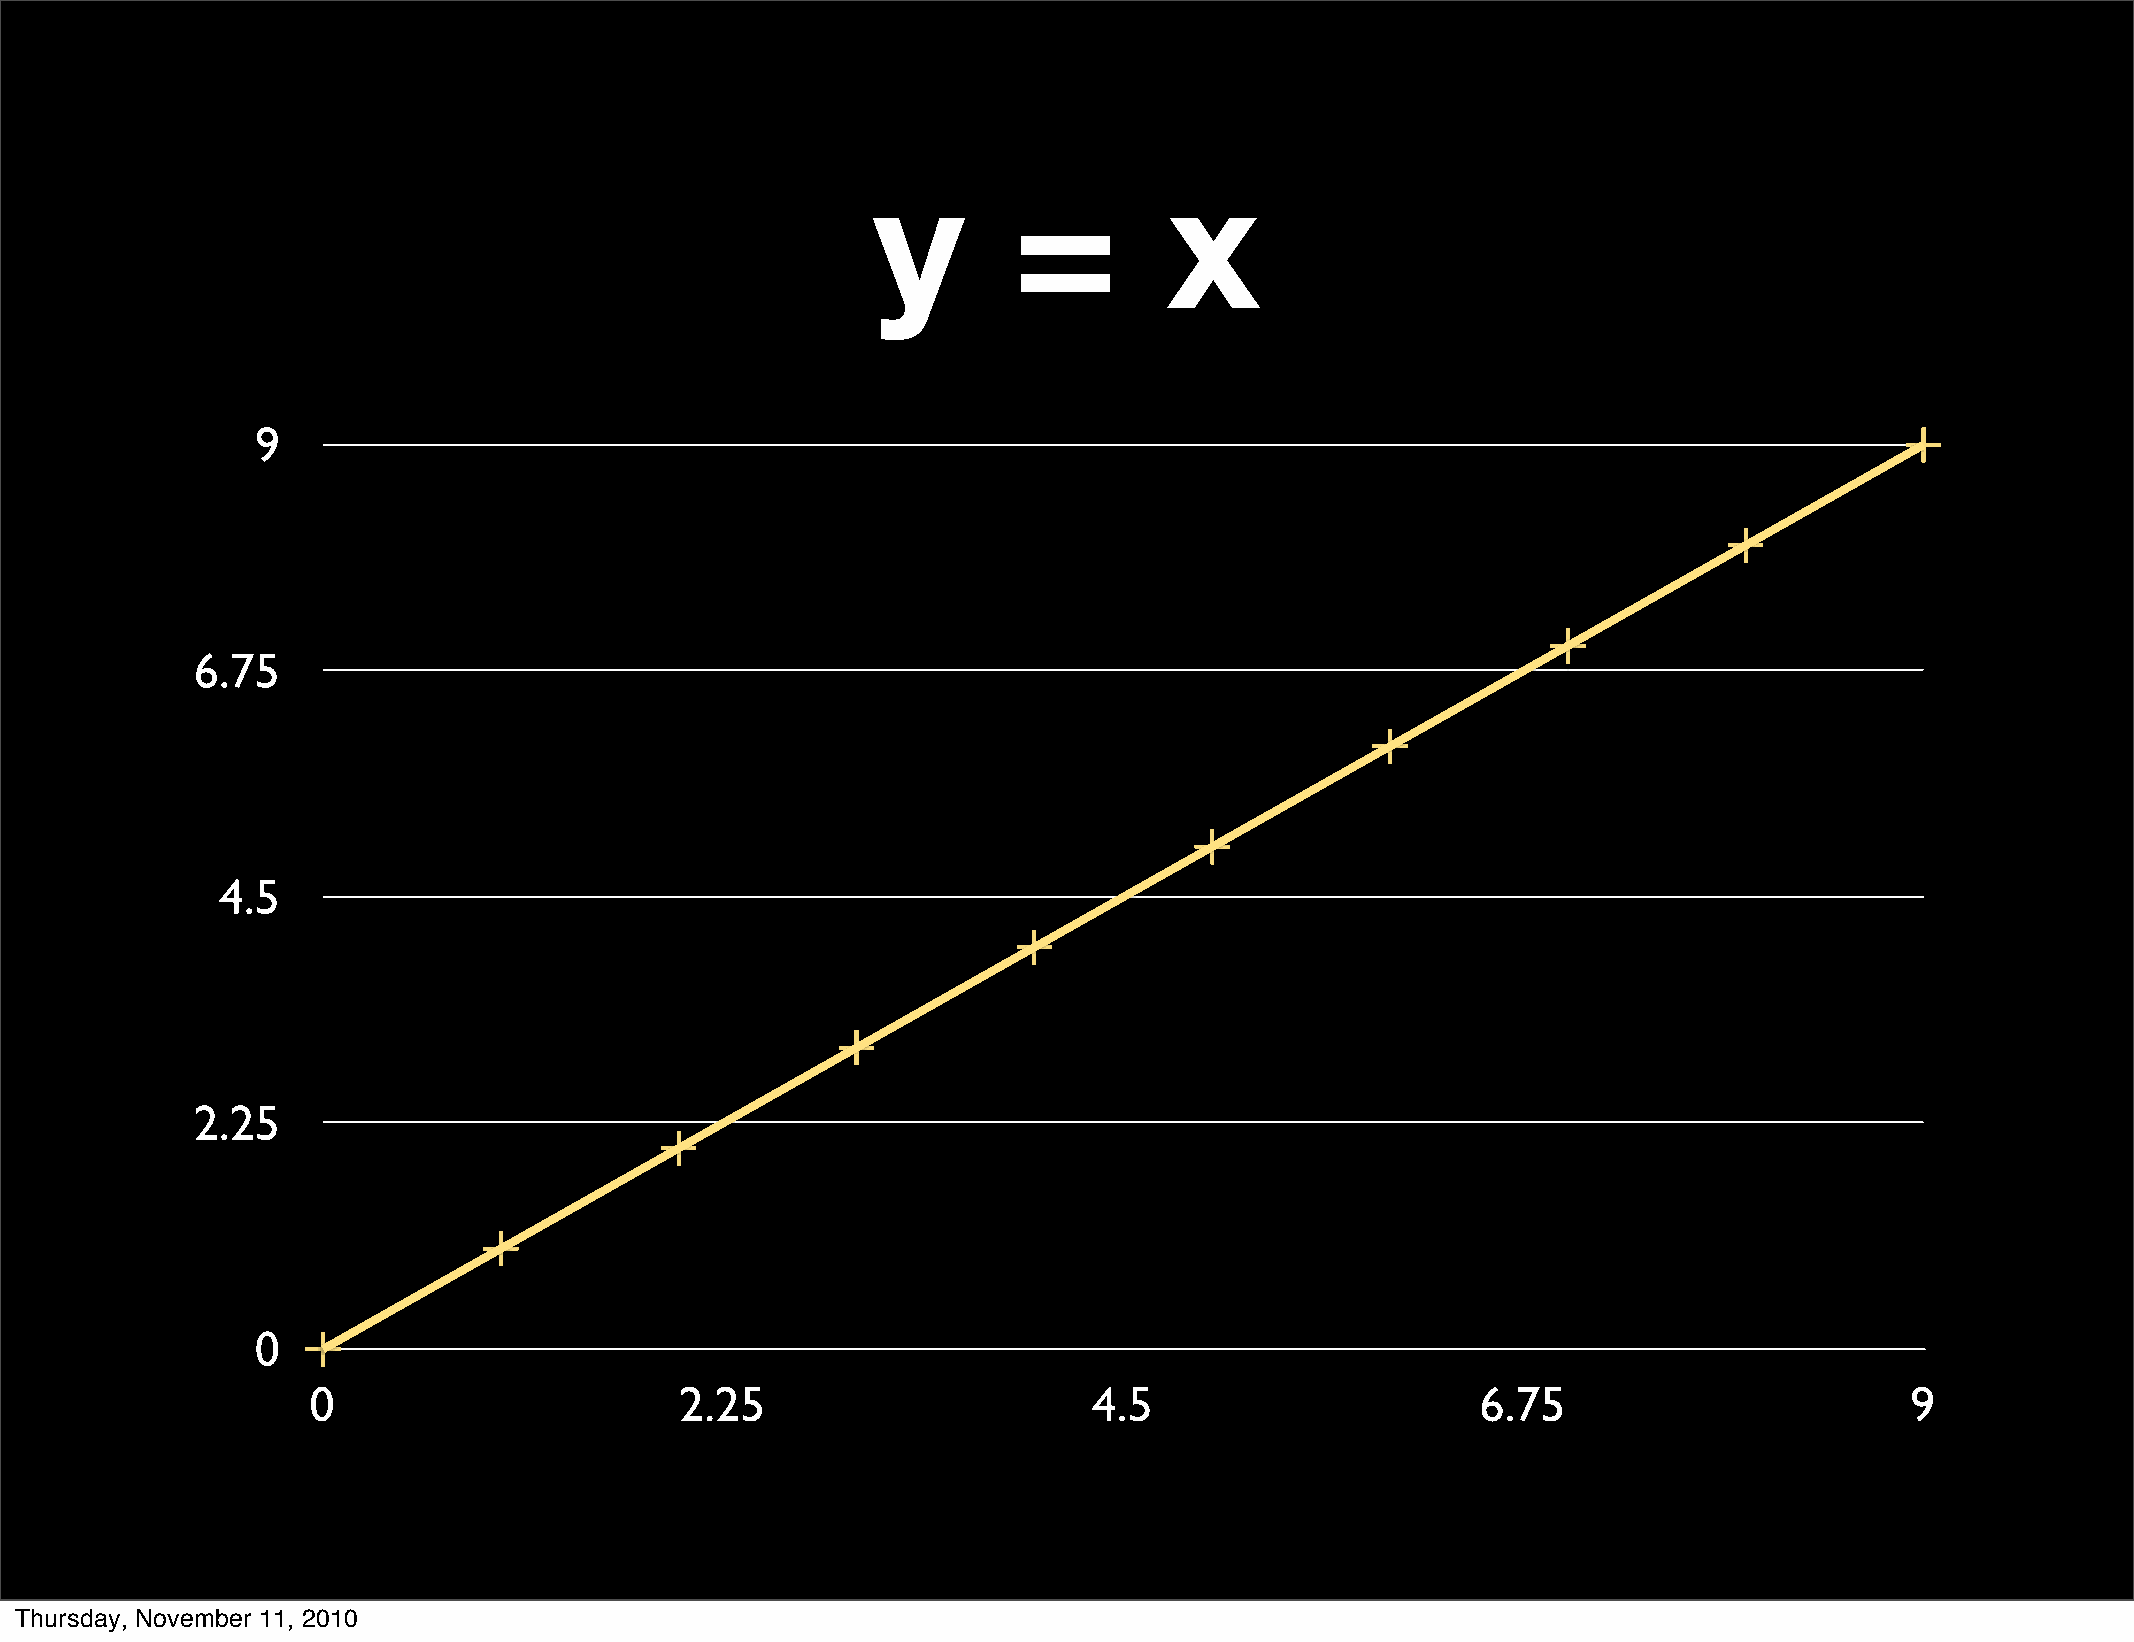
y        =         x
 9
 6.75
 4.5
 2.25
 0
 0                        2.25                       4.5                       6.75                        9
 Thursday, November 11, 2010